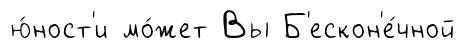
ю́ност'и мо́жет Вы Б'ескон'е́чной